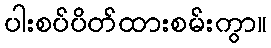
ပါးစပ်ပိတ်ထားစမ်းကွာ။